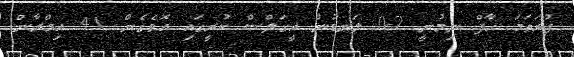
ފުރަތަމަ ހާފް ނިމުނީ 2-0 ލަނޑުން އީގަލްސް ކުރީގައި އޮވެގެން. 41 އިމްރާން